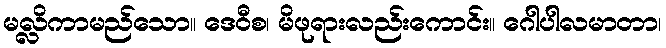
မလ္လိကာမည်သော။ ဒေဝီစ၊ မိဖုရားလည်းကောင်း။ ဂေါပါလမာတာ၊